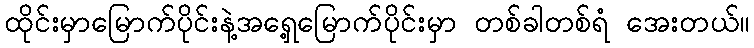
ထိုင်းမှာမြောက်ပိုင်းနဲ့အရှေ့မြောက်ပိုင်းမှာ တစ်ခါတစ်ရံ အေးတယ်။